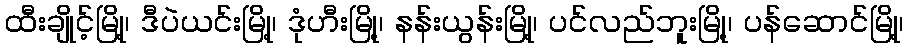
ထီးချိုင့်မြို့၊ ဒီပဲယင်းမြို့၊ ဒုံဟီးမြို့၊ နန်းယွန်းမြို့၊ ပင်လည်ဘူးမြို့၊ ပန်ဆောင်မြို့၊